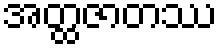
အတ္ထဇာတဿ